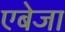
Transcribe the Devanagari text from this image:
एबेजा